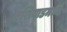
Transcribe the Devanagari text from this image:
एशियाडमध्ये